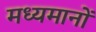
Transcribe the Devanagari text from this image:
मध्यमानों